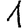
Digit: 1